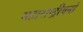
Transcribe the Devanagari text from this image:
महाराष्ट्रीयनों